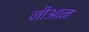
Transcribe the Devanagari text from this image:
नीआन